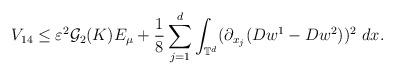
LaTeX: \begin{align*}V_{14}\leq \varepsilon^{2}\mathcal{G}_{2}(K)E_{\mu}+\frac{1}{8}\sum_{j=1}^{d}\int_{\mathbb{T}^{d}}(\partial_{x_{j}}(Dw^{1}-Dw^{2}))^{2}\ dx.\end{align*}